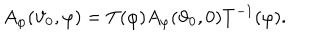
A _ { \varphi } ( \vartheta _ { 0 } , \varphi ) = T ( \varphi ) A _ { \varphi } ( \vartheta _ { 0 } , 0 ) T ^ { - 1 } ( \varphi ) .